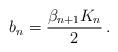
LaTeX: \begin{align*}b_n=\frac{\beta_{n+1} K_n}{2} \,.\end{align*}